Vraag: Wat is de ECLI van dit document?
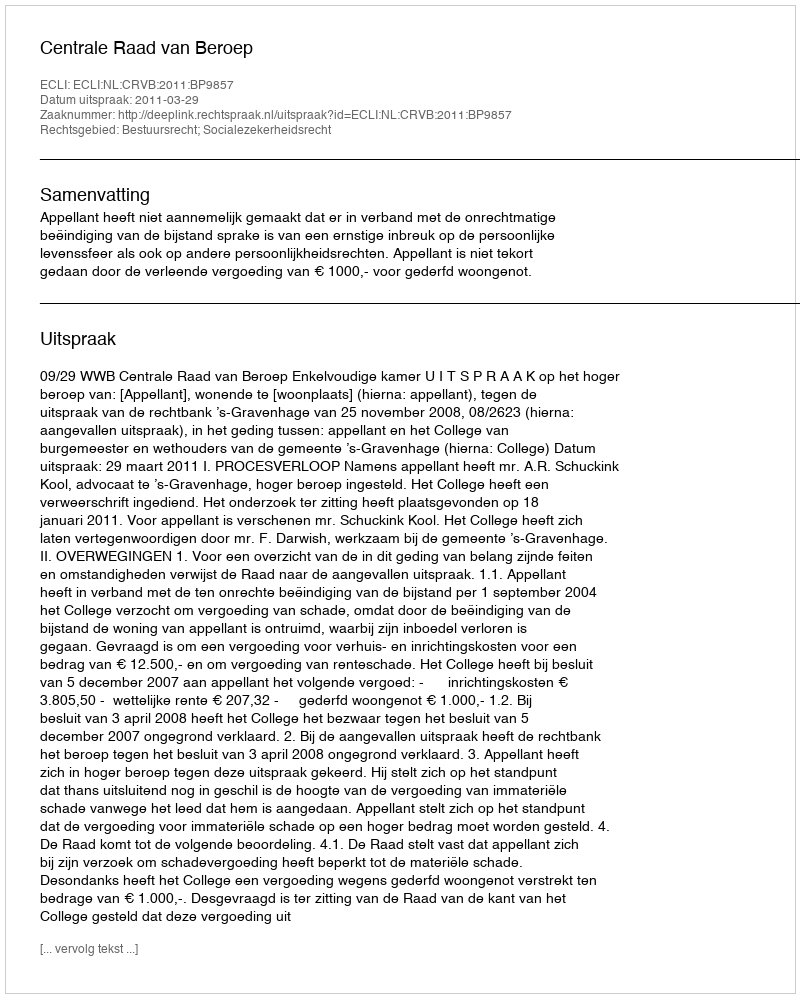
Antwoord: ECLI:NL:CRVB:2011:BP9857